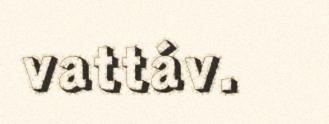
vattáv.